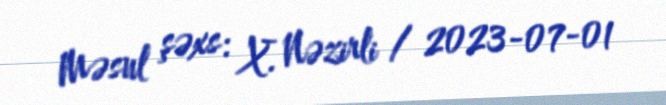
Məsul şəxs: X. Nəzirli / 2023-07-01